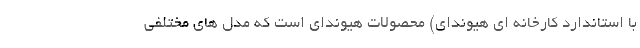
با استاندارد کارخانه ای هیوندای) محصولات هیوندای است که مدل های مختلفی